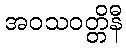
အဝသဝတ္တိနီ